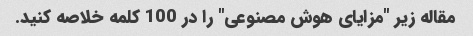
مقاله زیر "مزایای هوش مصنوعی" را در 100 کلمه خلاصه کنید.